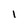
Character: i